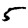
Digit: 5